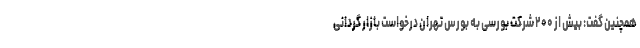
همچنین گفت: بیش از ۲۰۰ شرکت بورسی به بورس تهران درخواست بازار گردانی